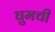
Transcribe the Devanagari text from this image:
घुमची